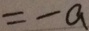
= - a